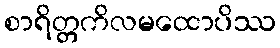
စာရိတ္တကိလမထောပိဿ